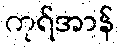
ကုရ်အာန်